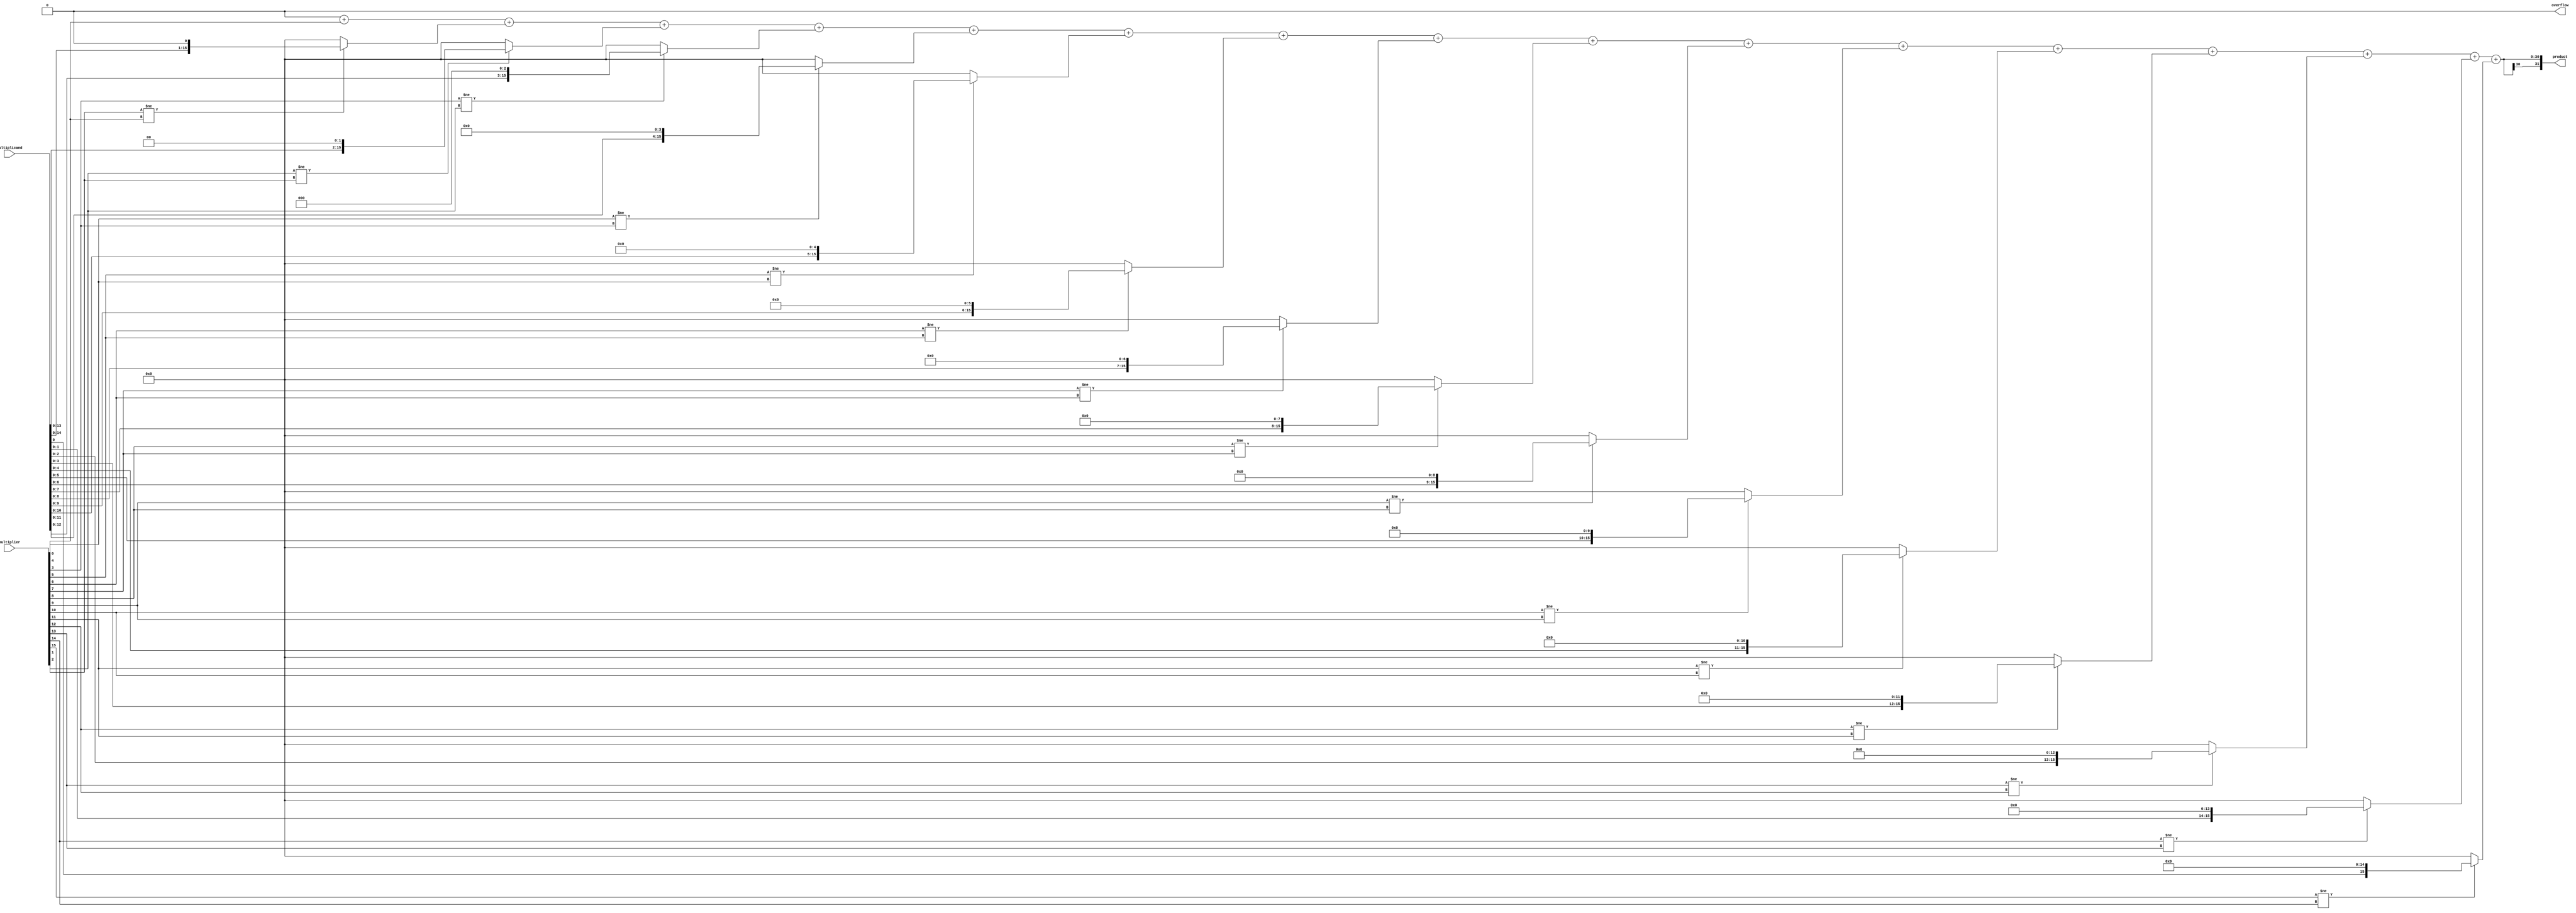
module booth_multiplier(
    input signed [15:0] multiplicand,
    input signed [15:0] multiplier,
    output signed [31:0] product,
    output reg overflow
);

reg signed [15:0] partial_products [0:15]; 
reg signed [31:0] temp_product;
integer i;

// Booth recoder
always @* begin
    partial_products[0] = {16{multiplier[0]}};
    for(i=1; i<16; i=i+1) begin
        if (multiplier[i] != multiplier[i-1]) begin
            partial_products[i] = multiplicand << i;
        end else begin
            partial_products[i] = 0;
        end
    end
end

// Arithmetic blocks
always @* begin
    temp_product = 0;
    for(i=0; i<16; i=i+1) begin
        temp_product = temp_product + partial_products[i];
    end
end

// Final product with overflow detection
always @* begin
    if ((temp_product[31] != temp_product[30]) && (temp_product[30] != overflow)) begin
        overflow = 1;
        product = 32'b0;
    end else begin
        overflow = 0;
        product = temp_product;
    end
end

endmodule